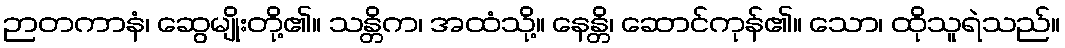
ဉာတကာနံ၊ ဆွေမျိုးတို့၏။ သန္တိက၊ အထံသို့။ နေန္တိ၊ ဆောင်ကုန်၏။ သော၊ ထိုသူရဲသည်။